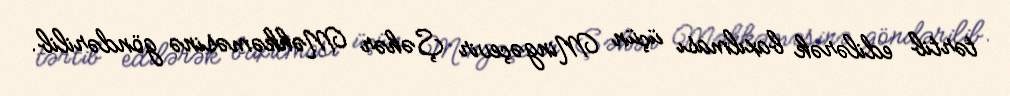
tərtib edilərək baxılması üçün Mingəçevir Şəhər Məhkəməsinə göndərilib.